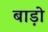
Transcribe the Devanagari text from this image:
बाड़ो